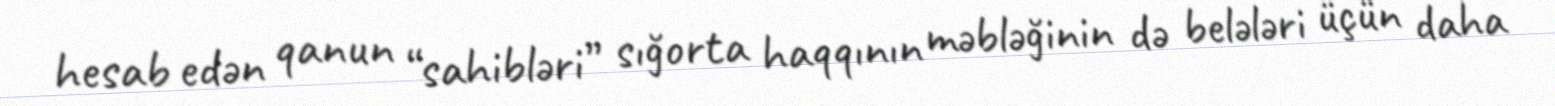
hesab edən qanun “sahibləri” sığorta haqqının məbləğinin də belələri üçün daha